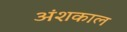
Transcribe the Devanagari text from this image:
अंशकाल